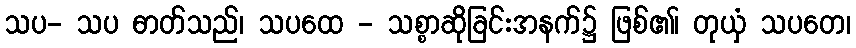
သပ- သပ ဓာတ်သည်၊ သပထေ - သစ္စာဆိုခြင်းအနက်၌ ဖြစ်၏၊ တုယှံ သပတေ၊